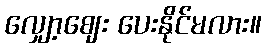
လျှော့ဈေး ပေးနိုင်မလား။